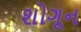
શોગૂન